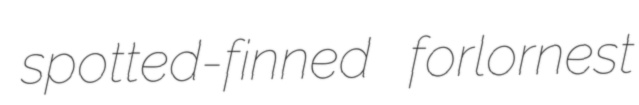
spotted-finned forlornest